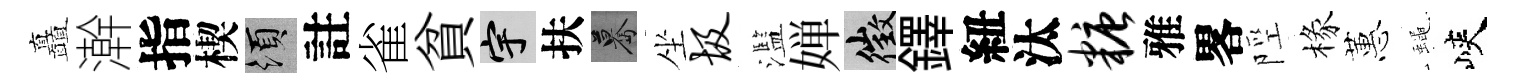
矗澣指楔須註雀貧宇扶驀坐圾濫婵徵鐸紐汰糖雅畧陘椽蕙蠅峽